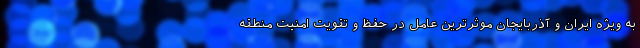
به ویژه ایران و آذربایجان موثرترین عامل در حفظ و تقویت امنیت منطقه